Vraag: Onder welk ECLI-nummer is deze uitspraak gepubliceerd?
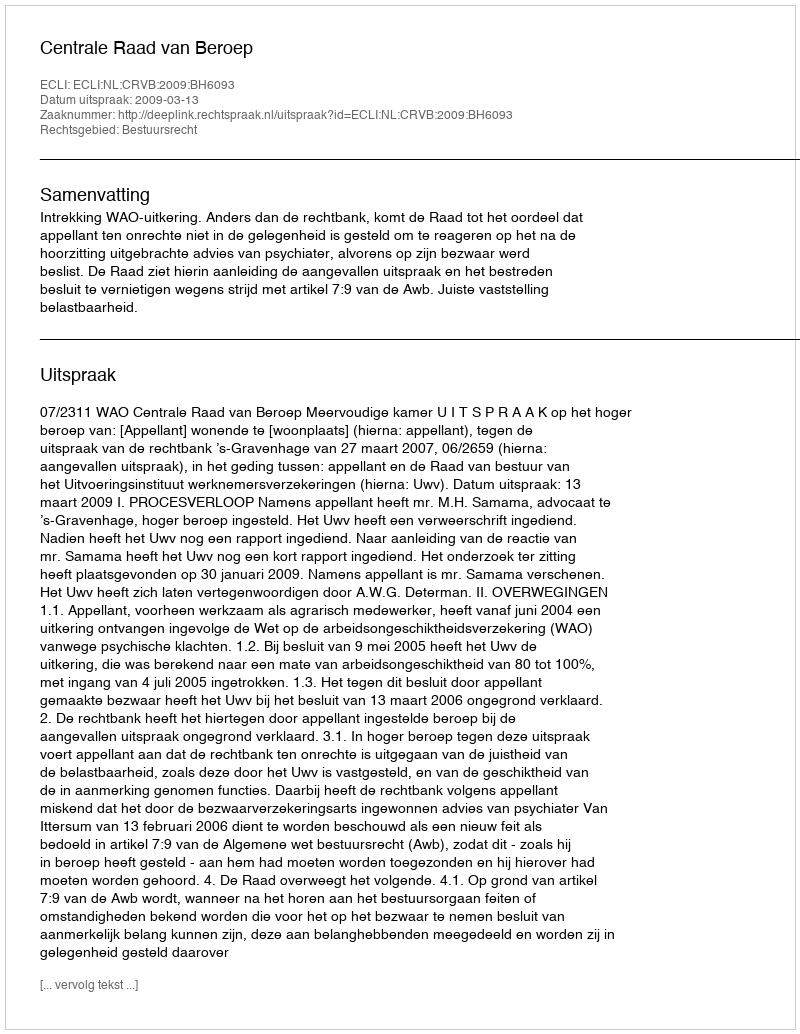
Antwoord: ECLI:NL:CRVB:2009:BH6093